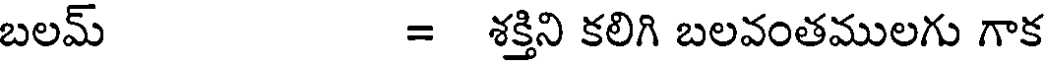
బలమ్ = శక్తిని కలిగి బలవంతములగు గాక